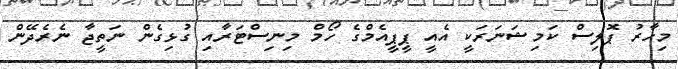
މިހާރު ޕޮލިސް ކަމިޝަނަރަކީ އެއީ ޕީޕީއެމްގެ ހޯމް މިނިސްޓަރާއި ގުޅިގެން ނަތީޖާ ނެރެދޭން